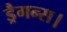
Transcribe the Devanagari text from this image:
ड्रैगन्स।